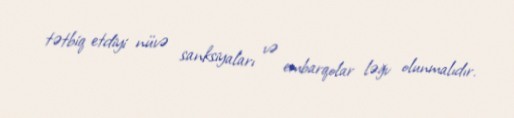
tətbiq etdiyi nüvə sanksiyaları və embarqolar ləğv olunmalıdır.